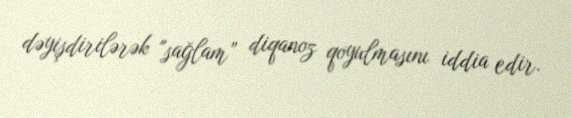
dəyişdirilərək "sağlam” diqanoz qoyulmasını iddia edir.